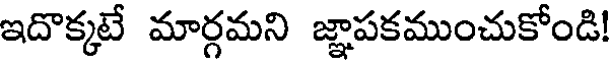
ఇదొక్కటే మార్గమని జ్ఞాపకముంచుకోండి!